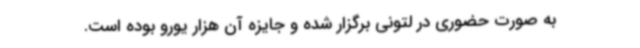
به صورت حضوری در لتونی برگزار شده و جایزه آن هزار یورو بوده است.